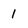
Character: 1